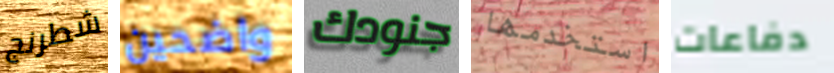
شطرنج واضحين جنودك استخدمها دفاعات